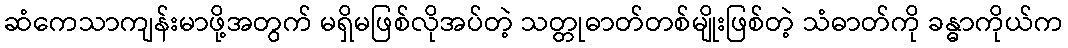
ဆံကေသာကျန်းမာဖို့အတွက် မရှိမဖြစ်လိုအပ်တဲ့ သတ္တုဓာတ်တစ်မျိုးဖြစ်တဲ့ သံဓာတ်ကို ခန္ဓာကိုယ်က